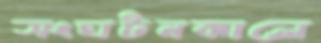
সংঘটনকালে